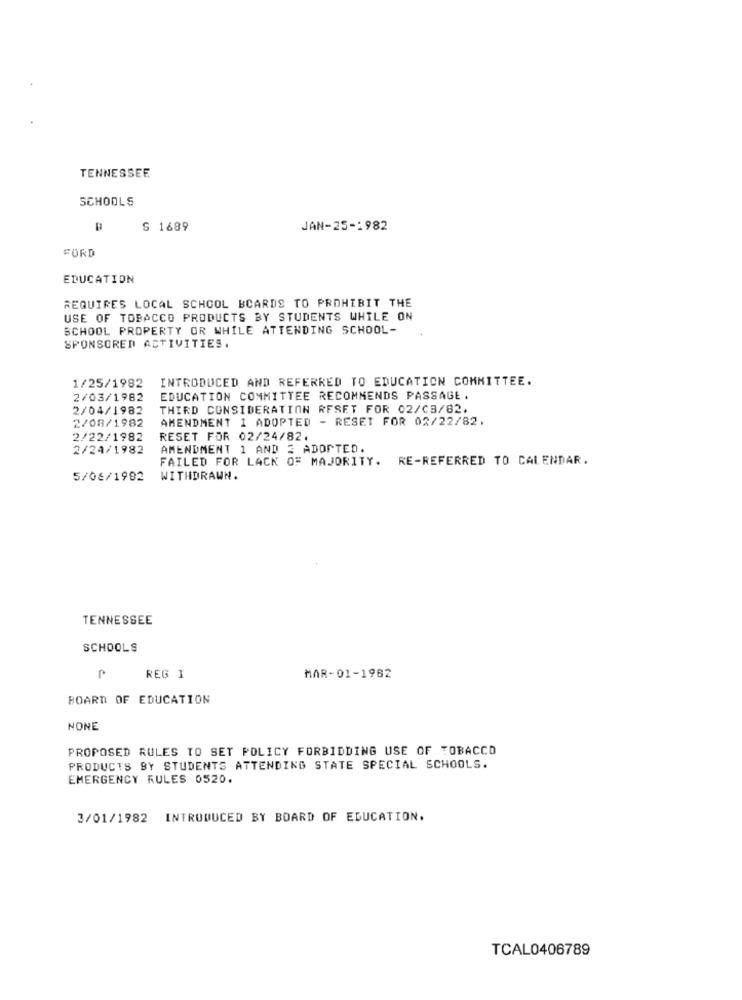
TENNESSEE
SCHOOLS
S 1689
JAN-25-1982
FORD
EDUCATION
REQUIRES LOCAL SCHOOL BCARDS TO PROHIBIT THE
USE OF TOBACCO PRODUCTS BY STUDENTS WHILE ON
SCHOOL PROPERTY OR WHILE ATTENDING SCHOOL-
SPONSORED ACTIVITIES.
INTRODUCED AND REFERRED TO EDUCATION COMMITTEE.
1/25/1982
2/03/1982
EDUCATION COMMITTEE RECOMMENDS PASSAGE .
2/04/1982
THIRD CONSIDERATION RESET FOR 02/03/82.
2/08/1982
AMENDMENT I ADOPTED - RESET FOR 02/22/82.
2/22/1982
RESET FOR 02/24/82.
2/24/1982
AMENDMENT 1 AND 3 ADOPTED.
FAILED FOR LACK OF MAJORITY. RE-REFERRED TO CALENDAR.
5/06/1982
WITHDRAWN.
TENNESSEE
SCHOOLS
REG I
MAR-01-1982
BOARD OF EDUCATION
NONE
PROPOSED RULES TO SET POLICY FORBIDDING USE OF TOBACCO
PRODUCTS BY STUDENTS ATTENDING STATE SPECIAL SCHOOLS.
EMERGENCY RULES 0520.
3/01/1982 INTRODUCED BY BOARD OF EDUCATION.
TCAL0406789